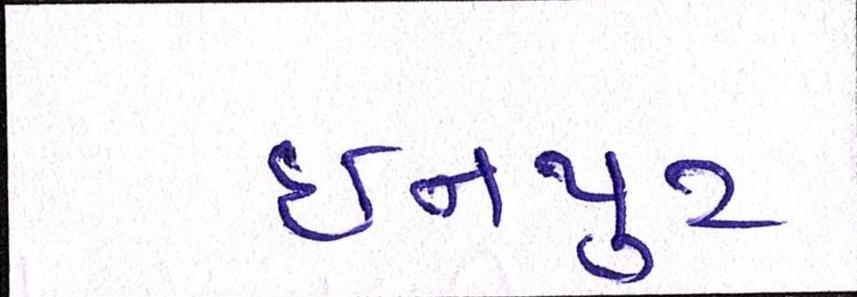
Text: ઇનપુટ